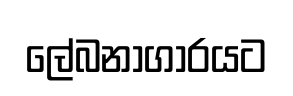
ලේබනාගාරයට